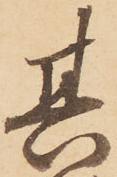
其